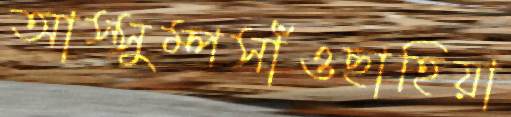
আস্সুম্পসাঁওছাহিয়া